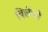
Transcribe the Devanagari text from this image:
विलेपने